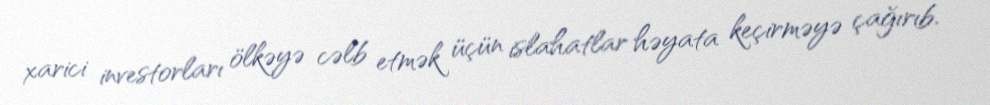
xarici investorları ölkəyə cəlb etmək üçün islahatlar həyata keçirməyə çağırıb.